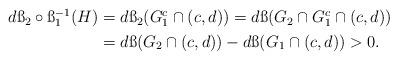
LaTeX: \begin{align*}\begin{aligned}d\ss_2\circ \ss_1^{-1}(H)&=d\ss_2(G^c_1\cap (c,d))=d\ss(G_2\cap G_1^c\cap (c,d))\\&=d\ss(G_2\cap (c,d))-d\ss(G_1\cap (c,d))>0. \end{aligned}\end{align*}